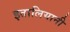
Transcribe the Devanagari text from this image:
इतालियानी